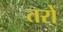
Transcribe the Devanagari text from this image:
तरों